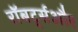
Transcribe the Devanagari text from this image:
रॉबर्ट्सऔर